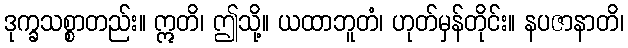
ဒုက္ခသစ္စာတည်း။ ဣတိ၊ ဤသို့။ ယထာဘူတံ၊ ဟုတ်မှန်တိုင်း။ နပဇာနာတိ၊